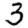
Digit: 3